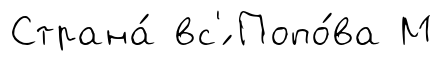
Страна́ вс'́ Попо́ва М